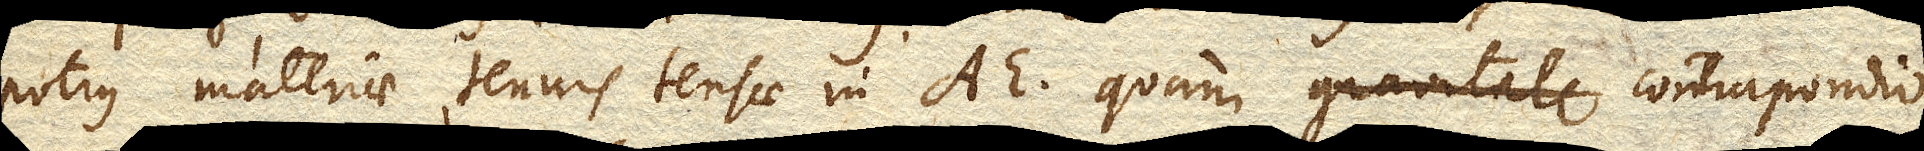
potius materiae tenuis tensae in AE. quam gravitate contrapondio